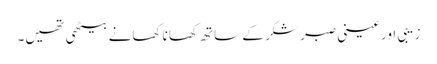
زیبی اور عینی صبر شکر کے ساتھ کھانا کھانے بیٹھی تھیں۔